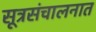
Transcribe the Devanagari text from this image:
सूत्रसंचालनात